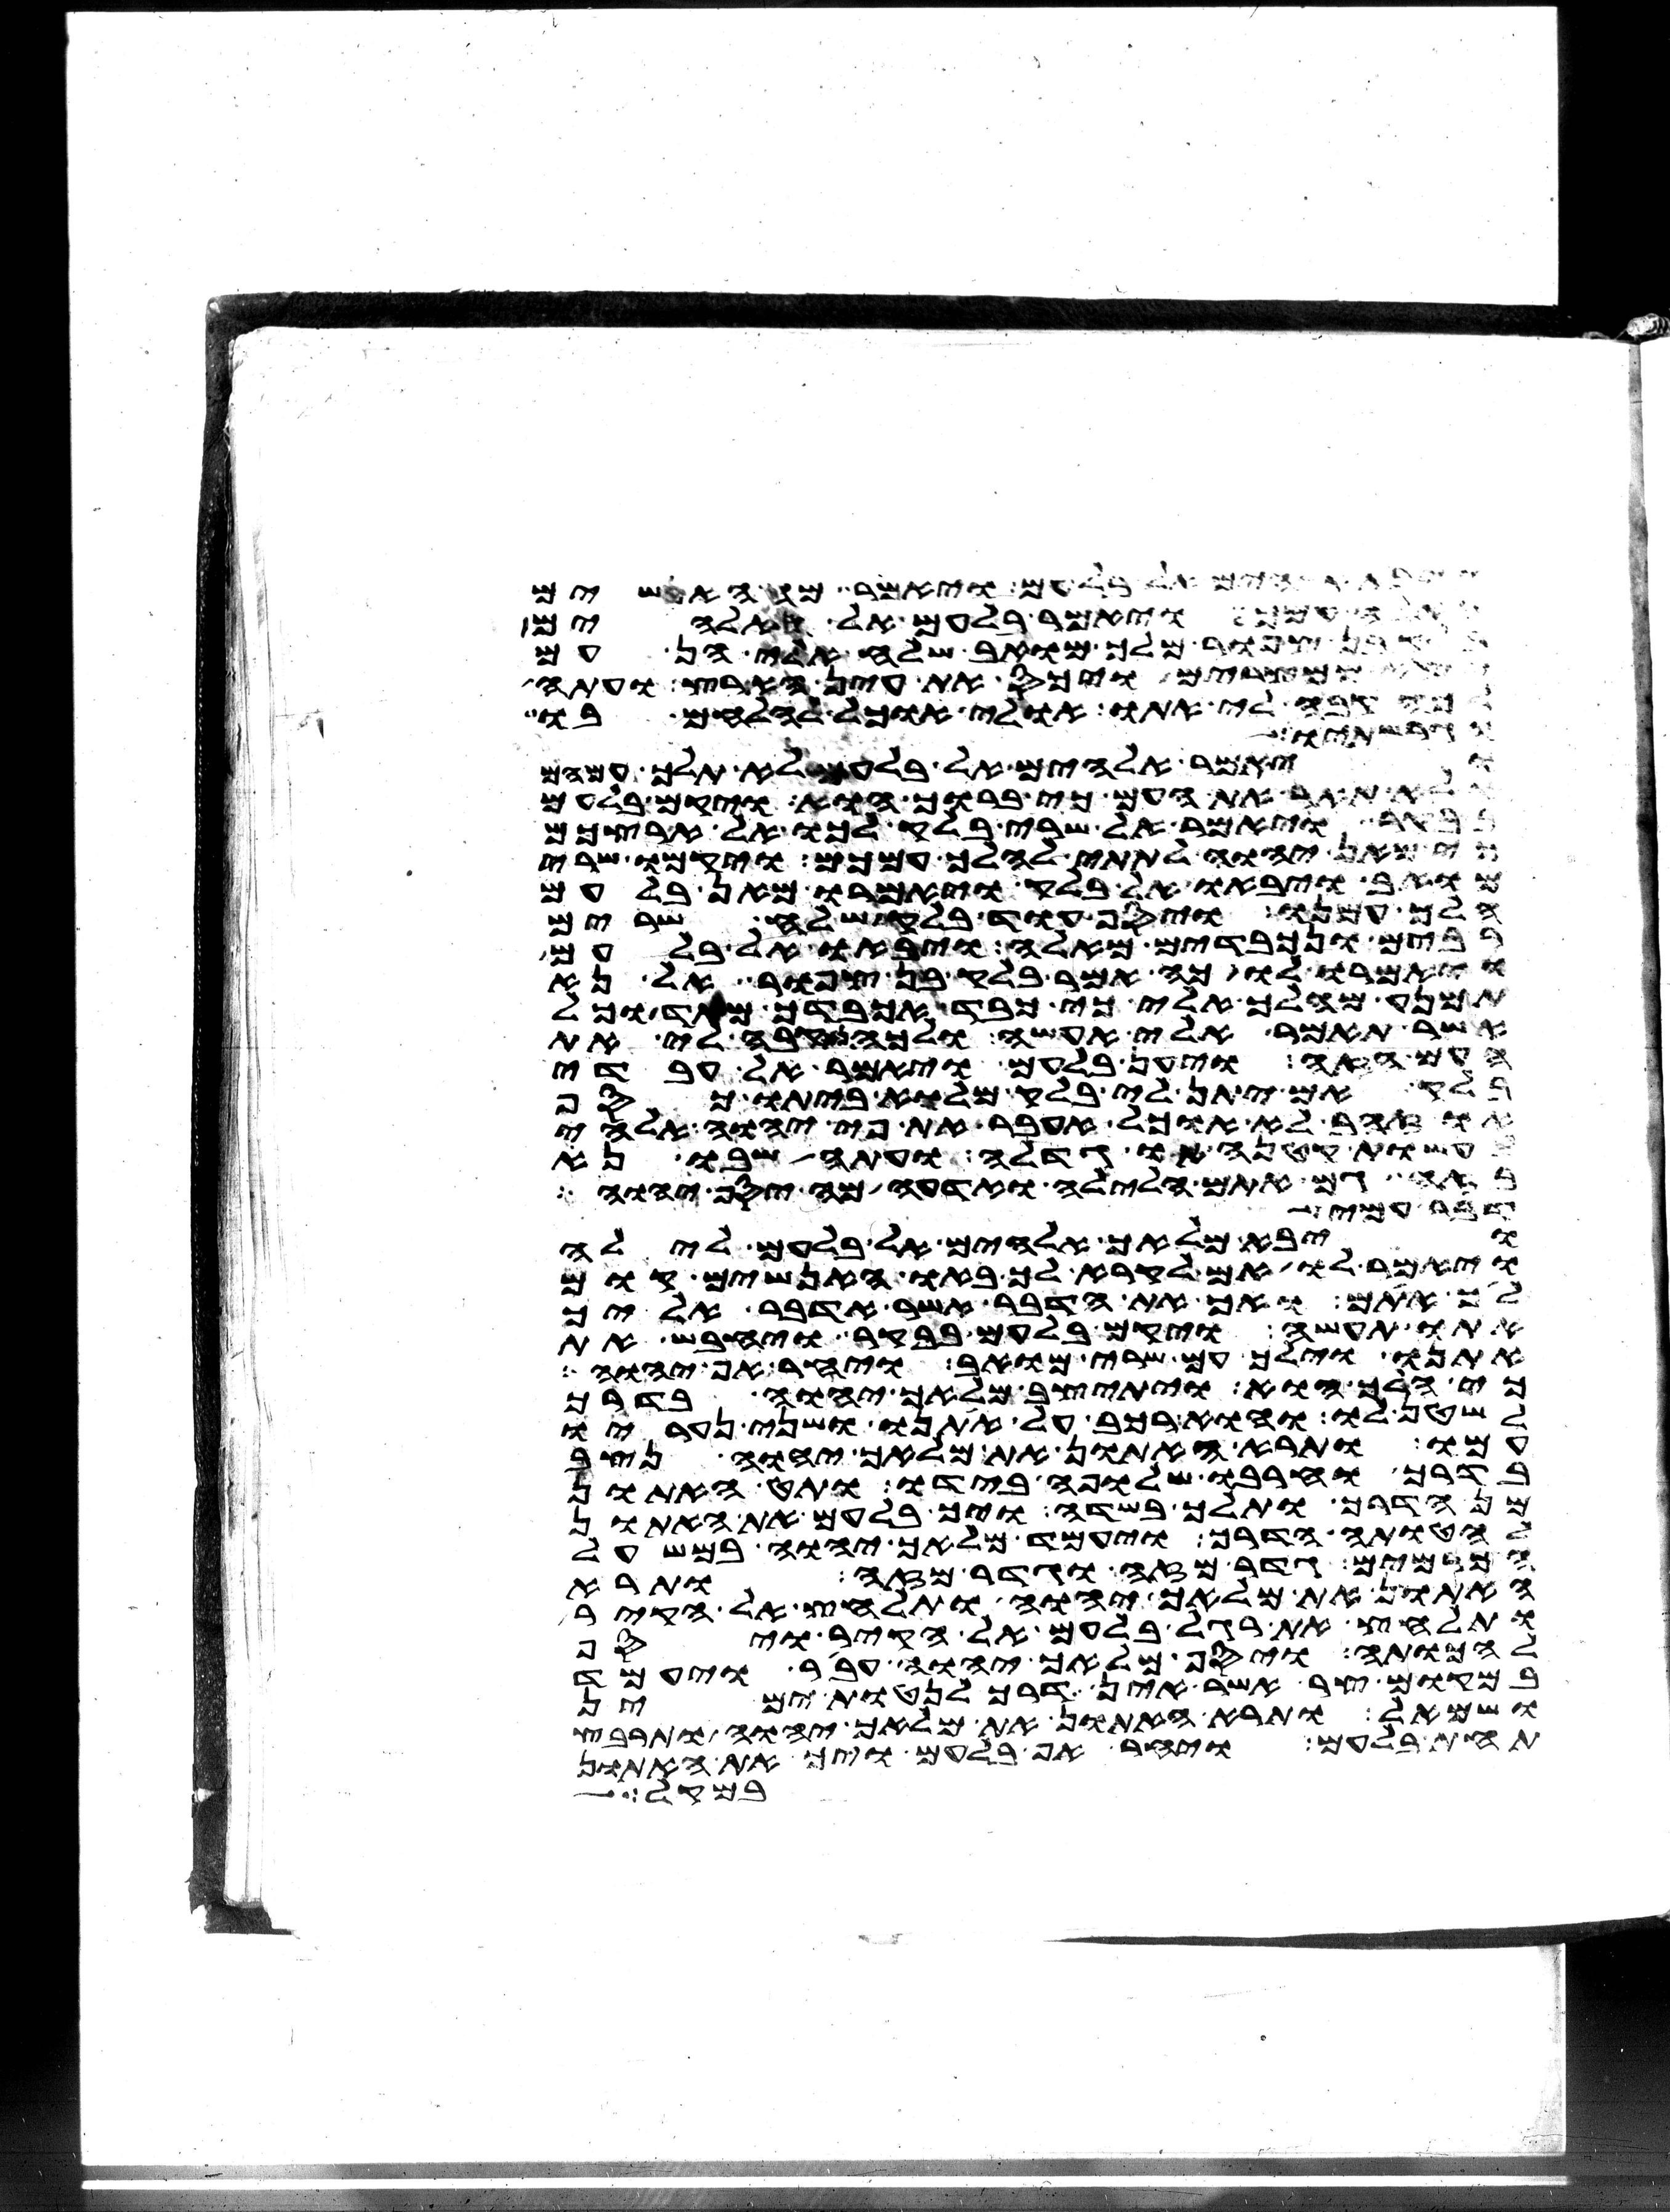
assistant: אלהים אל בלעם ויאמר מה האנשים
האלה עמך ויאמר בלעם אל האלהים
בן צפור מלך מואב שלח אלי הן עם
יצא ממצרים ויכס את עין הארץ ועתה
לכה קבה לי אתו אולי אוכל להלחם בו
וגרשתיו
ויאמר אלהים אל בלעם לא תלך עמהם
ולא תאר את העם כי ברוך הוא ויקם בלעם
בבקר ויאמר אל שרי בלק לכו אל ארצכם
כי מאן יהוה לתתי להלך עמכם ויקמו שרי
מואב ויבאו אל בלק ויאמרו מאן בלעם
הלך עמנו ויסף עוד בלק שלח שרים
רבים ונכבדים מאלה ויבאו אל בלעם
ויאמרו לו כה אמר בלק בן צפור אל נא
תמנע מהלך אלי כי כבד אכבדך מאד וכל
אשר תאמר אלי אעשה ולכה נא קבה לי את
העם הזה ויען בלעם ויאמר אל עבדי
בלק אם יתן לי בלק מלוא ביתו כסף
או זהב לא אוכל אעבר את פי יהוה אלהי
לעשות קטנה או גדלה ועתה שבו נא
בזה גם אתם הלילה ואדעה מה יסף יהוה
דבר עמי
ויבא מלאך אלהים אל בלעם לילה
ויאמר לו אם לקרא לך באו האנשים קום
לך אתם ואך את הדבר אשר אדבר אליך
אתו תעשה ויקם בלעם בבקר ויחבש את
אתנו וילך עם שרי מואב ויחר אף יהוה
כי הלך הוא ויתיצב מלאך יהוה בדרך
לשטן לו והוא רכב על אתנו ושני נעריו
עמו ותרא האתון את מלאך יהוה נצב
בדרך וחרבו שלופה בידו ותט האתון
מן הדרך ותלך בשדה ויך בלעם את האתון
להטותה הדרך ויעמד מלאך יהוה במשעל
הכרמים גדר מזה וגדר מזה ותרא
האתון את מלאך יהוה ותלחץ אל הקיר
ותלחץ את רגל בלעם אל הקיר ויסף
להכותה ויסף מלאך יהוה עבר ויעמד
במקום צר אשר אין דרך לנטות ימין
ושמאל ותרא האתון את מלאך יהוה ותרבץ
תחת בלעם ויחר אף בלעם ויך את האתון
במקל